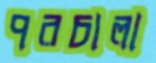
পরচালা